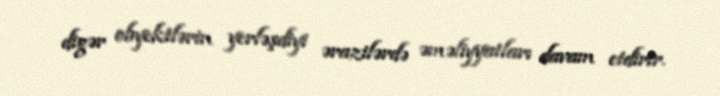
digər obyektlərin yerləşdiyi ərazilərdə əməliyyatları davam etdirir.